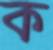
ক